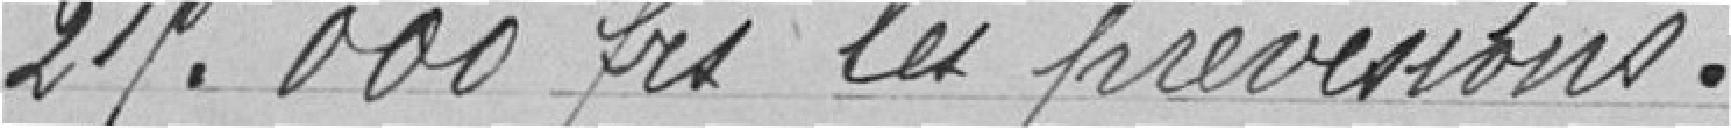
25.00 francs les prévisions.